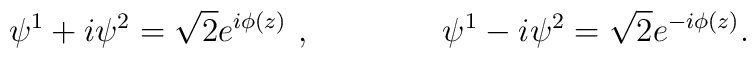
\psi^1+i\psi^2= \sqrt 2e^{i\phi (z)}\ , \qquad\qquad \psi^1-i\psi^2=\sqrt 2  e^{-i\phi (z)}.